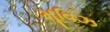
મૂવિઝ